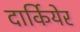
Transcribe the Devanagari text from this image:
दार्कियेर